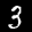
Label: 3